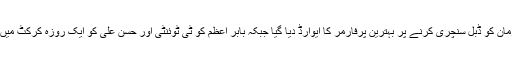
قومی ٹیم کے اوپننگ بیٹسمین فخر زمان کو ڈبل سنچری کرنے پر بہترین پرفارمر کا ایوارڈ دیا گیا جبکہ بابر اعظم کو ٹی ٹوئنٹی اور حسن علی کو ایک روزہ کرکٹ میں سال کا بہترین کھلاڑی قرار دیا گیا۔